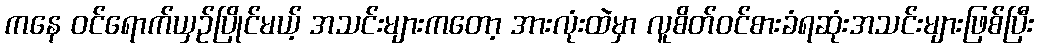
ကနေ ဝင်ရောက်ယှဉ်ပြိုင်မယ့် အသင်းများကတော့ အားလုံးထဲမှာ လူစိတ်ဝင်စားခံရဆုံးအသင်းများဖြစ်ပြီး